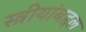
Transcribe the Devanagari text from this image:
स्त्रीयांबद्दल